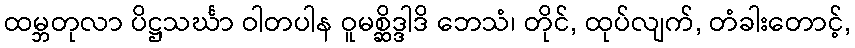
ထမ္ဘတုလာ ပိဋ္ဌသင်္ဃာ ဝါတပါန ဝူမစ္ဆိဒ္ဒါဒိ ဘေသံ၊ တိုင်, ထုပ်လျက်, တံခါးတောင့်,